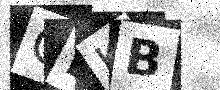
Text: QFKB